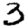
Digit: 3